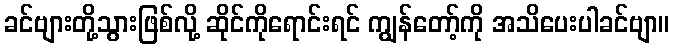
ခင်ဗျားတို့သွားဖြစ်လို့ ဆိုင်ကိုရောင်းရင် ကျွန်တော့်ကို အသိပေးပါခင်ဗျာ။